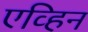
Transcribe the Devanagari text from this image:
एव्हिन